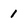
Character: 1